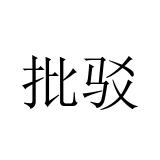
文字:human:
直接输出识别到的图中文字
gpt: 批驳